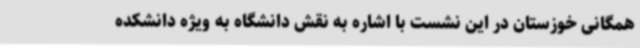
همگانی خوزستان در این نشست با اشاره به نقش دانشگاه به ویژه دانشکده